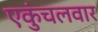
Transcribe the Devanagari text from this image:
एकुंचलवार